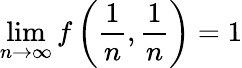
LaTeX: \operatorname*{lim}_{n\to\infty}f\left({\frac{1}{n}},{\frac{1}{n}}\right)=1